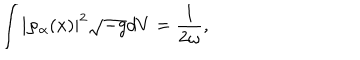
LaTeX: \int \left| \varphi _ { \alpha } ( x ) \right| ^ { 2 } \sqrt { - g } d V = \frac { 1 } { 2 \omega } ,